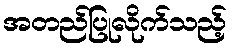
အတည်ပြုလိုက်သည့်